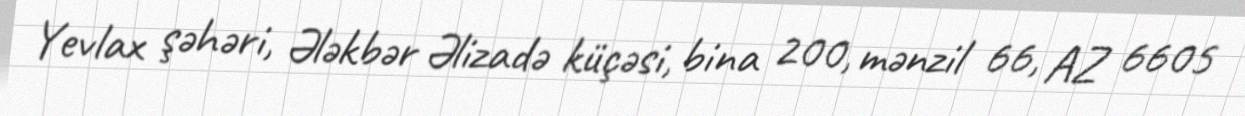
Yevlax şəhəri, Ələkbər Əlizadə küçəsi, bina 200, mənzil 66, AZ 6605